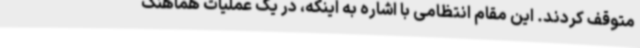
متوقف کردند. این مقام انتظامی با اشاره به اینکه، در یک عملیات هماهنگ